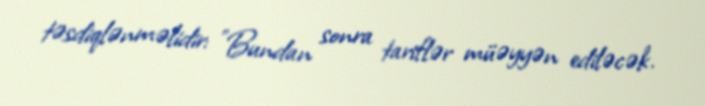
təsdiqlənməlidir: "Bundan sonra tariflər müəyyən ediləcək.